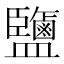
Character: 鹽